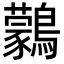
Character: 鸏